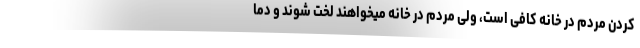
کردن مردم در خانه کافی است، ولی مردم در خانه میخواهند لخت شوند و دما